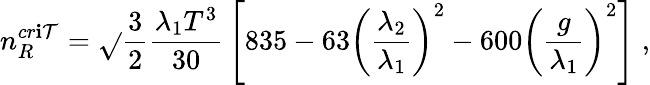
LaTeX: n_{R}^{cr\mathbf{i}\mathcal{T}}=\sqrt{}{{\frac{{3}}{{2}}}}{\frac{{\lambda_{1}T^{3}}}{{30}}}\left[835-63\left({\frac{{\lambda_{2}}}{{\lambda_{1}}}}\right)^{2}-600\left({\frac{{g}}{{\lambda_{1}}}}\right)^{2}\right]\; ,